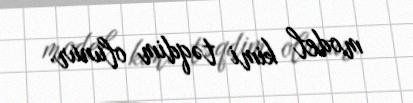
model kimi təqdim olunur.